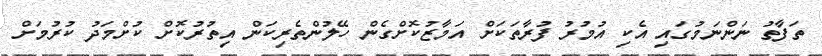
ތަފާތު ނަންނަމުގައި އެކި އުމުރު ފުރާތަކަށް އަމާޒުކޮށްގެން ހޭލުންތެރިކަން އިތުރުކޮށް ކުށްމަދު ކުރުމަށް